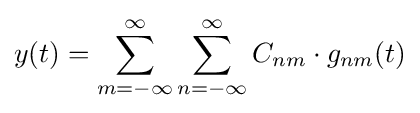
y(t)=\sum _{m=-\infty }^{\infty }\sum _{n=-\infty }^{\infty }C_{nm}\cdot g_{nm}(t)